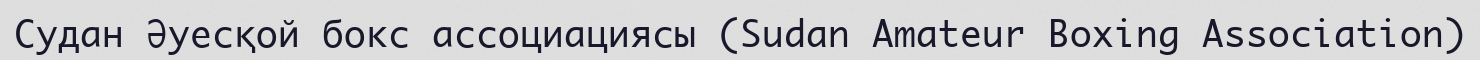
Судан Әуесқой бокс ассоциациясы (Sudan Amateur Boxing Association)